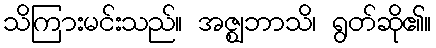
သိကြားမင်းသည်။ အဇ္ဈဘာသိ၊ ရွတ်ဆို၏။